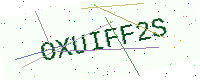
Text: OXUIFF2S